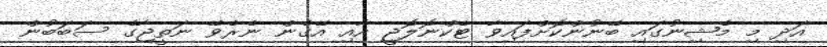
އަދި މި މެޝިނުގައި ބޭނުންކޮށްފައިވާ ޓެކްނޮލޮޖީ އާއި އޭގެން ނެރެވޭ ނަތީޖާގެ ސަބަބުން